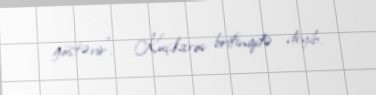
göstərir”, - Kuçkarov brifinqdə deyib.